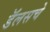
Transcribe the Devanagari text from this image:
डॅलसचे